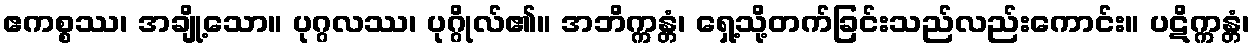
ဧကစ္စဿ၊ အချို့သော။ ပုဂ္ဂလဿ၊ ပုဂ္ဂိုလ်၏။ အဘိက္ကန္တံ၊ ရှေ့သို့တက်ခြင်းသည်လည်းကောင်း။ ပဋိက္ကန္တံ၊